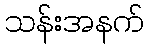
သန်းအနက်